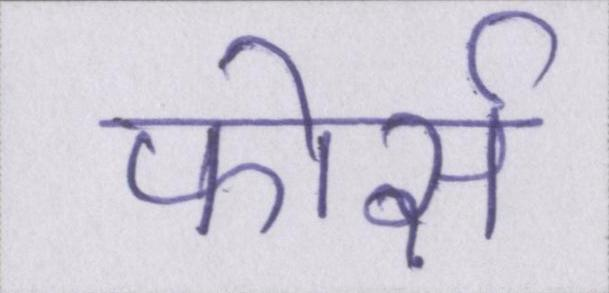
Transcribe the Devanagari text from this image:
फोर्स